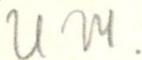
U.W.